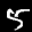
Label: 5